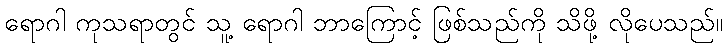
ရောဂါ ကုသရာတွင် သူ့ ရောဂါ ဘာကြောင့် ဖြစ်သည်ကို သိဖို့ လိုပေသည်။